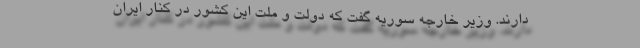
دارند. وزیر خارجه سوریه گفت که دولت و ملت این کشور در کنار ایران